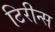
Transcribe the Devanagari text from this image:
टिरीन्स